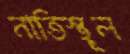
নাতিস্থূল